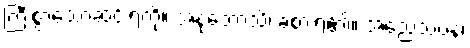
ကြီးစွာသောဆင်းရဲကို။ အနုဘောသိ၊ ခံစားရ၏။ အညေသံပန၊